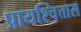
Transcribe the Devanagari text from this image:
प्रायश्चित्तास